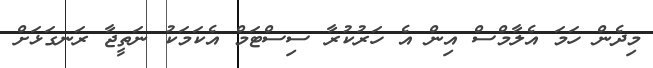
މިދެން ހަމަ އެލާމްސް އިން އެ ހަރުކުރާ ސިސްޓަމް އެކަމަކު ނަތީޖާ ރަނގަޅަށް